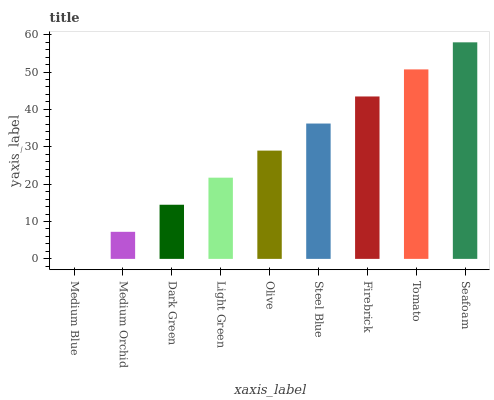
| xaxis_label | bars |
 | --- | --- |
 | Medium Blue | 0 |
 | Medium Orchid | 7.24 |
 | Dark Green | 14.5 |
 | Light Green | 21.7 |
 | Olive | 29 |
 | Steel Blue | 36.2 |
 | Firebrick | 43.5 |
 | Tomato | 50.7 |
 | Seafoam | 58 |